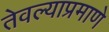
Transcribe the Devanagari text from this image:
तेवल्याप्रमाणे